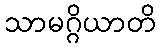
သာမဂ္ဂိယာတိ